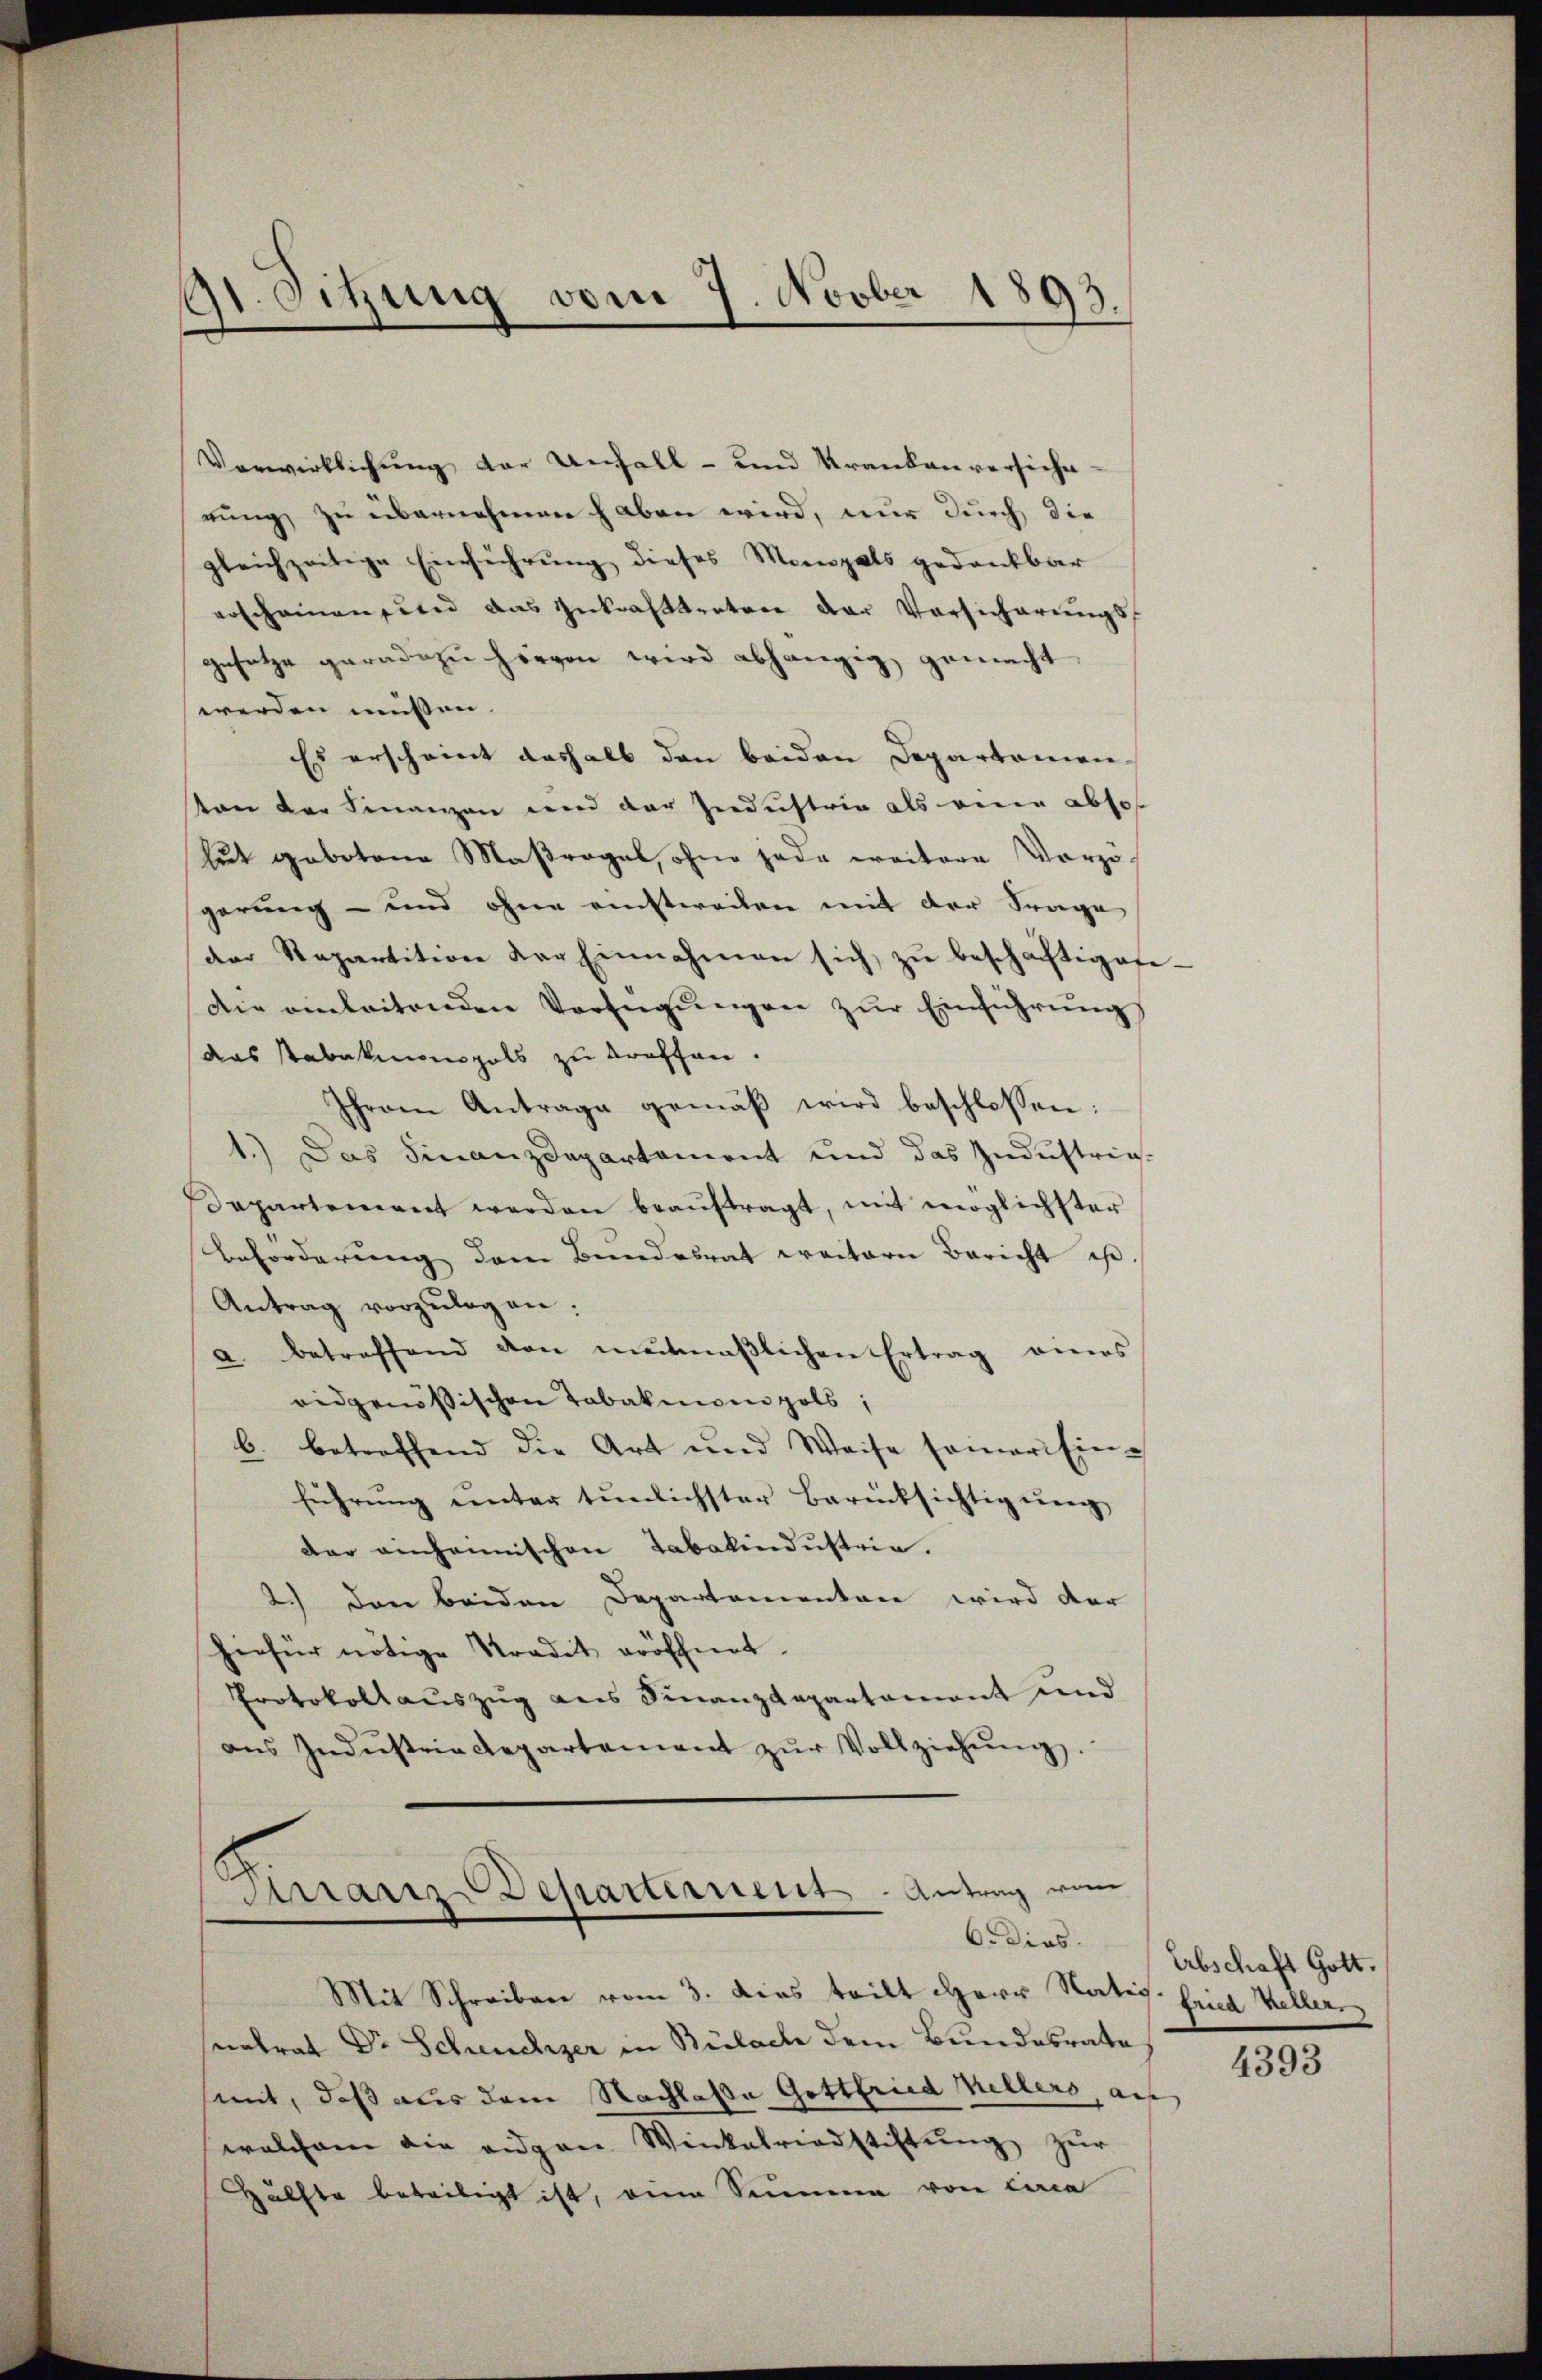
Verwirklichung der Unfall- und Kranken versiche-
rung zu übernehmen haben wird, nur durch die
gleichzeitige Einführung dieses Monogals gedankbar
erscheinen und das Inkrafttreten der Vorsicherŭngs-
gesetze geradezu hervon wird abhängig gemacht
werden müssen.
Es erscheint deshalb den beiden Departemen
ton der Finanzen wird der Industrie als einen abso
lut gebotene Maßregel, ohne jede weitere Vorzogerung - und ohne einstweilen mit der Frage
der Repartition der Einnahmen sich zŭ beschäftigen-
Die anleitenden Verfügŭngen zŭr Einführŭng
das Tabakespals zu treffen.
Ihrem Antrage gemäβ wird beschlossen:
1.) Das Finanzdepartament und das Industrig-
Departement werden beaŭftragt, mit möglichster
Beförderung dem Bundesrat weitern Bericht ist
Antrag vorzŭlagen:
a. betreffend von meitmaβlichen Ertrag aners
eidgenößischen Tabaknien pols,
b. betreffend die Art und Weise seiner Ein-
führŭng ŭnter tŭnlichster Berücksichtigŭng
der einheimischen Tabakindustrie.
2.) Den beiden Departementen wird der
hiefür nötige Stradit eröffnet.
Protokollauszug aus Finanzdepartament und
ans Indŭstrie Repartement zŭr Vollziehŭng.

91. Sitzung vom 7. Novber 1893.

Manze Behartement . Antrag von
6. dies

Mit Schreiben vom 3. dies teilt Herr Stativ-Fried Keller
eatrat Dr Scheuchzer in Bülach dem Bundesrate
sint, daß aus dem Nachlaße Gottfried Kellers, auf
welchem die angen Winkelriedstiftŭng zŭr
Hälfte beteiligt ist, eine Summa von circa

Abschaft Gott.

4393